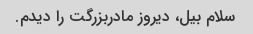
سلام بیل، دیروز مادربزرگت را دیدم.